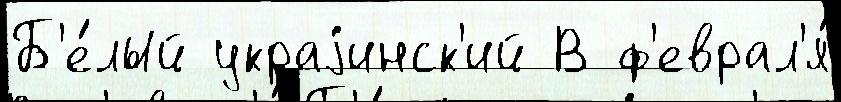
Б'е́лый украjинск'ий В ф'еврал'я́